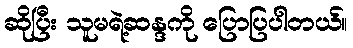
ဆိုပြီး သူမရဲ့ဆန္ဒကို ပြောပြပါတယ်။